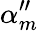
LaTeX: \alpha_{m}^{\prime\prime}